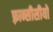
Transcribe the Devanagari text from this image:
फ़्रान्सीसीयों